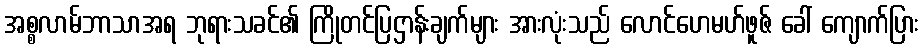
အစ္စလာမ်ဘာသာအရ ဘုရားသခင်၏ ကြိုတင်ပြဌာန်းချက်များ အားလုံးသည် လောင်ဟေမဟ်ဖူဇ် ခေါ် ကျောက်ပြား